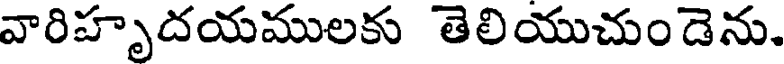
వారిహృదయములకు తెలియుచుండెను.